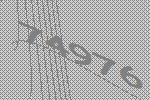
74976